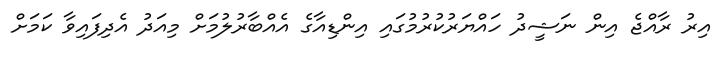
އިރު ރާއްޖެ އިން ނަޝީދު ހައްޔަރުކުރުމުގައި އިންޑިއާގެ އެއްބާރުލުމަށް މިއަދު އެދިފައިވާ ކަމަށް